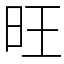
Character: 旺